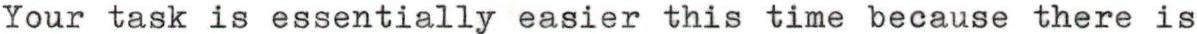
Your task is essentially easier this time because there is